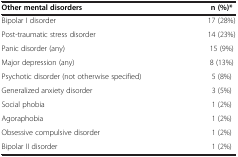
<table><thead><tr><td><b>Other mental disorders</b></td><td><b>n (%)*</b></td></tr></thead><tbody><tr><td>Bipolar I disorder</td><td>17 (28%)</td></tr><tr><td>Post-traumatic stress disorder</td><td>14 (23%)</td></tr><tr><td>Panic disorder (any)</td><td>15 (9%)</td></tr><tr><td>Major depression (any)</td><td>8 (13%)</td></tr><tr><td>Psychotic disorder (not otherwise specified)</td><td>5 (8%)</td></tr><tr><td>Generalized anxiety disorder</td><td>3 (5%)</td></tr><tr><td>Social phobia</td><td>1 (2%)</td></tr><tr><td>Agoraphobia</td><td>1 (2%)</td></tr><tr><td>Obsessive compulsive disorder</td><td>1 (2%)</td></tr><tr><td>Bipolar II disorder</td><td>1 (2%)</td></tr></tbody></table>